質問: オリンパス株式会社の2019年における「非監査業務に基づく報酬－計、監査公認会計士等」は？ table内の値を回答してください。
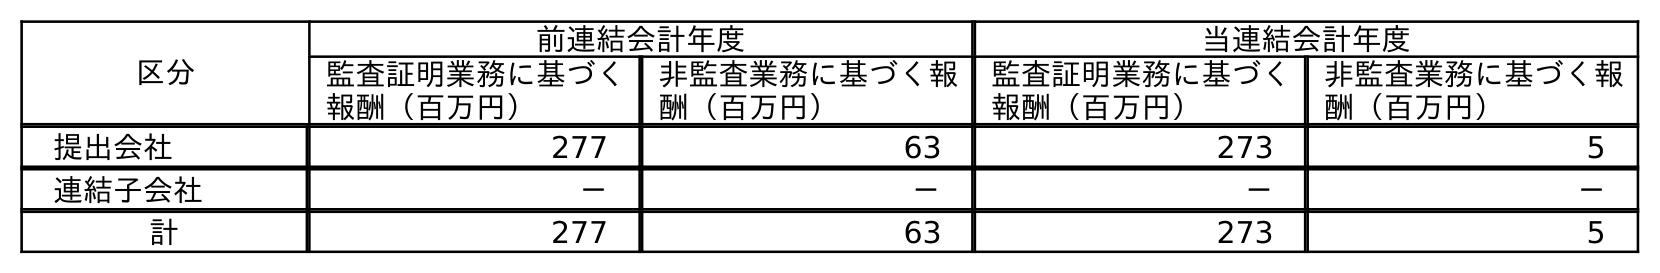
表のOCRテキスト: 区分 前連結会計年度 当連結会計年度 監査証明業務に基づく 報酬（百万円） 非監査業務に基づく報 酬（百万円） 監査証明業務に基づく 報酬（百万円） 非監査業務に基づく報 酬（百万円） 提出会社 277 63 273 5 連結子会社 － － － － 計 277 63 273 5
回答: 63